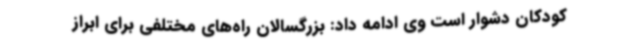
کودکان دشوار است وی ادامه داد: بزرگسالان راه‌های مختلفی برای ابراز